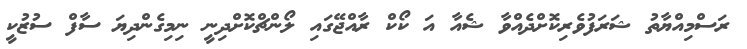
ރަސްމިއްޔާތު ޝަރަފުވެރިކޮށްދެއްވާ ޝެއާ އަ ކޯކް ރާއްޖޭގައި ލޯންޗްކޮށްދިނީ ނިމިގެންދިޔަ ސާފް ސުޒުކީ